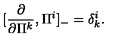
[ \frac { \partial } { \partial \Pi ^ { k } } , \Pi ^ { i } ] _ { - } = \delta _ { k } ^ { i } .